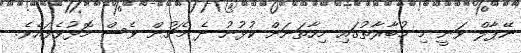
ނޭޕާލް ވަނީ މި މުބާރާތުގައި މިހާތަނަށް ކުޅުނު ދެ މެޗުން ވެސް މޮޅުވެފައެވެ.